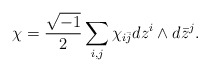
\begin{align*}\chi = \frac{\sqrt{-1}}{2} \sum_{i,j} \chi_{i\bar j} d z^i \wedge d\bar z^j.\end{align*}